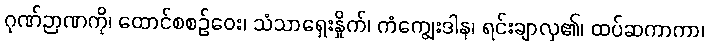
ဂုဏ်ဉာဏကို၊ ထောင်စစဉ်ဝေး၊ သံသာရှေးနှိုက်၊ ကံကျွေးဒါန၊ ရင်းချာလှ၏၊ ထပ်ဆကာကာ၊